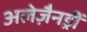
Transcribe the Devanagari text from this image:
अलेज़ैनड्रीं